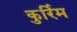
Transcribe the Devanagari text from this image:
कुर्रिम